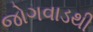
જોગવાડથી